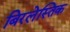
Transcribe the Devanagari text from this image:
बिरलेस्तिक